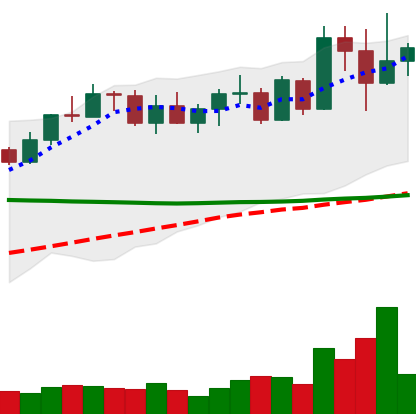
Ticker: XMR-USD
Chart end date: 2022-04-13
Forward return: 12.522%
Label: up_7plus